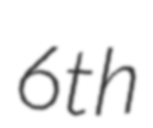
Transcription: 6th